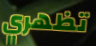
تظهري